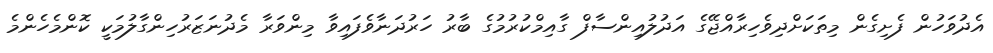
އެދުވަހުން ފެށިގެން މިތަކަށްދިވެހިރާއްޖޭގެ އަދުލުއިންސާފް ގާއިމްކުރުމުގެ ބާރު ހަރުދަނާވެފައިވާ މިންވަރާ މެދުނަޒަރުހިންގާލުމަކީ ކޮންމެހެންމެ